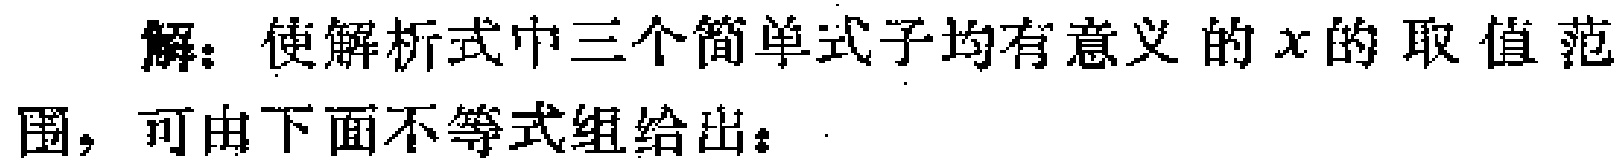
解：使解析式中三个简单式子均有意义的\(x\)的取值范围，可由下面不等式组给出：